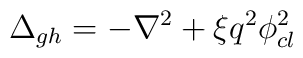
\Delta _{gh}=-\nabla ^{2}+\xi q^{2}\phi _{cl}^{2}